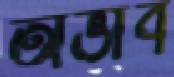
অভাব